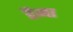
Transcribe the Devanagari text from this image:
डैना